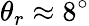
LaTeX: \theta_{r}\approx 8^{\circ}